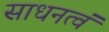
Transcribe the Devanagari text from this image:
साधनत्वं